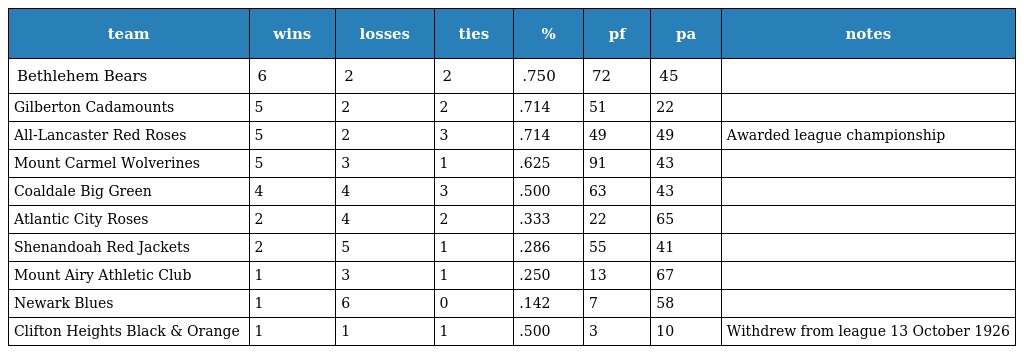
| team | wins | losses | ties | % | pf | pa | notes |
 | --- | --- | --- | --- | --- | --- | --- | --- |
 | Bethlehem Bears | 6 | 2 | 2 | .750 | 72 | 45 |  |
 | Gilberton Cadamounts | 5 | 2 | 2 | .714 | 51 | 22 |  |
 | All-Lancaster Red Roses | 5 | 2 | 3 | .714 | 49 | 49 | Awarded league championship |
 | Mount Carmel Wolverines | 5 | 3 | 1 | .625 | 91 | 43 |  |
 | Coaldale Big Green | 4 | 4 | 3 | .500 | 63 | 43 |  |
 | Atlantic City Roses | 2 | 4 | 2 | .333 | 22 | 65 |  |
 | Shenandoah Red Jackets | 2 | 5 | 1 | .286 | 55 | 41 |  |
 | Mount Airy Athletic Club | 1 | 3 | 1 | .250 | 13 | 67 |  |
 | Newark Blues | 1 | 6 | 0 | .142 | 7 | 58 |  |
 | Clifton Heights Black & Orange | 1 | 1 | 1 | .500 | 3 | 10 | Withdrew from league 13 October 1926 |